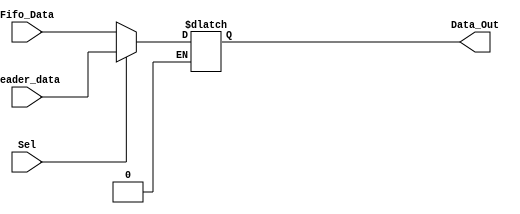
`timescale 1ns / 1ps
//////////////////////////////////////////////////////////////////////////////////
// Company: 
// Engineer: 
// 
// Design Name: 
// Module Name:    Mux_8_bit 
// Project Name: 
// Target Devices: 
// Tool versions: 
// Description: 
//
// Dependencies: 
//
// Revision: 
// Revision 0.01 - File Created
// Additional Comments: 
//
//////////////////////////////////////////////////////////////////////////////////
module Mux_8_bit(input Sel,
input [31:0] Header_data,
input [31:0] Fifo_Data,
output reg [31:0] Data_Out    );
	
always @(Sel or Header_data or Fifo_Data)
	begin
	if (Sel==1)
		Data_Out<=Header_data;
	else if(Sel==0)
		Data_Out<=Fifo_Data;
	end	

endmodule